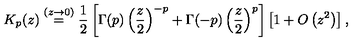
K _ { p } ( z ) \stackrel { ( z \rightarrow 0 ) } { = } \frac { 1 } { 2 } \left[ \Gamma ( p ) \left( \frac { z } { 2 } \right) ^ { - p } + \Gamma ( - p ) \left( \frac { z } { 2 } \right) ^ { p } \right] \left[ 1 + O \left( z ^ { 2 } \right) \right] ,